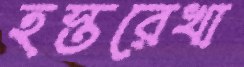
হস্তরেখা